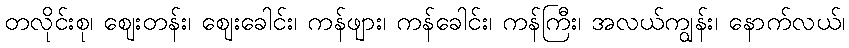
တလိုင်းစု၊ ဈေးတန်း၊ ဈေးခေါင်း၊ ကန်ဖျား၊ ကန်ခေါင်း၊ ကန်ကြီး၊ အလယ်ကျွန်း၊ နောက်လယ်၊